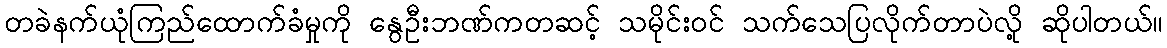
တခဲနက်ယုံကြည်ထောက်ခံမှုကို နွေဦးဘဏ်ကတဆင့် သမိုင်းဝင် သက်သေပြလိုက်တာပဲလို့ ဆိုပါတယ်။